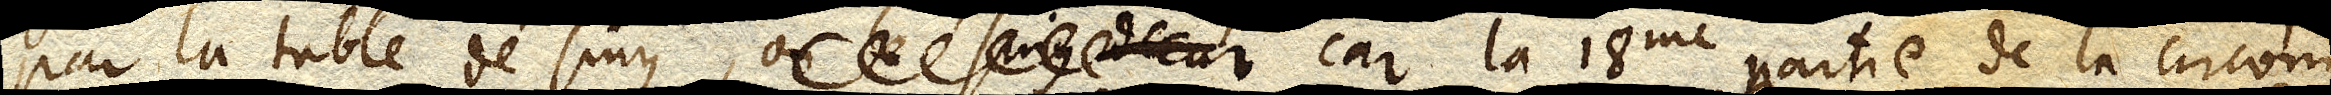
par la table de sinus, où le sinus decar car la 18me partie de la circom–